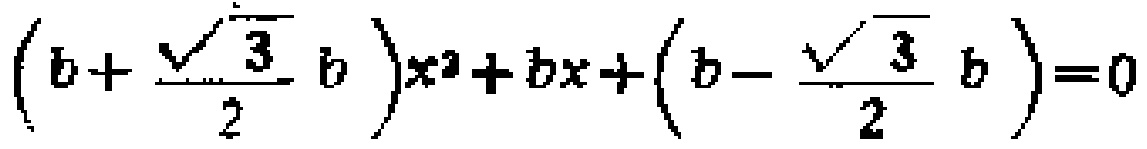
\((b + \frac{\sqrt{3}}{2}b)x^{2}+bx+(b - \frac{\sqrt{3}}{2}b)=0\)